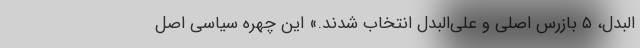
‌البدل، ۵ بازرس اصلی و علی‌البدل انتخاب شدند.» این چهره سیاسی اصل